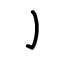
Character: ㇁